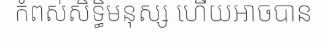
កំពស់សិទ្ធិមនុស្ស ហើយអាចបាន